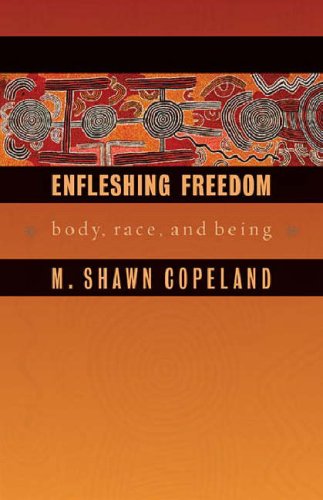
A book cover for Enfleshing Freedom: Body, Race, and Being (Intersections in African American Theology) (Innovations, African American Religious Thought); M. Shawn Copeland; Christian Books & Bibles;